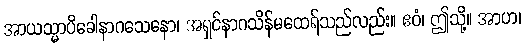
အာယသ္မာပိခေါနာဂသေနော၊ အရှင်နာဂသိန်မထေရ်သည်လည်း။ ဧဝံ၊ ဤသို့။ အာဟ၊